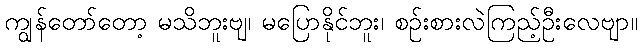
ကျွန်တော်တော့ မသိဘူးဗျ၊ မပြောနိုင်ဘူး၊ စဉ်းစားလဲကြည့်ဦးလေဗျာ။